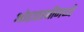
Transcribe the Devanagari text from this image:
ओढाताणीमध्ये